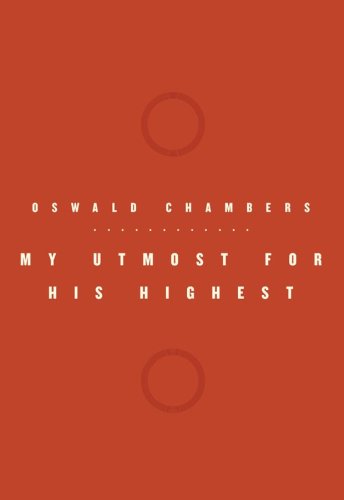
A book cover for My Utmost for His Highest (Oswald Chambers Library); Oswald Chambers; Christian Books & Bibles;